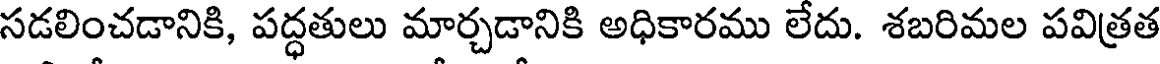
సడలించడానికి, పద్ధతులు మార్చడానికి అధికారము లేదు. శబరిమల పవిత్రత